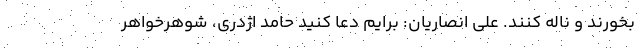
بخورند و ناله کنند. علی انصاریان: برایم دعا کنید حامد اژدری، شوهرخواهر